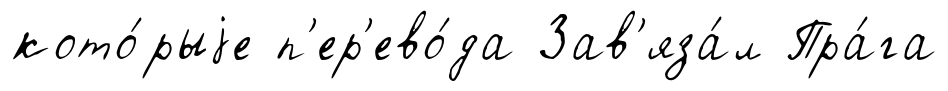
кото́рыjе п'ер'ево́да Зав'яза́л Пра́га